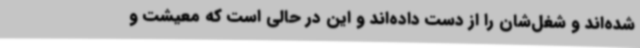
شده‌اند و شغل‌شان را از دست داده‌اند و این در حالی است که معیشت و